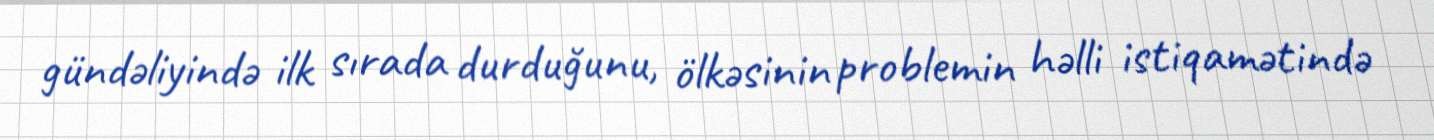
gündəliyində ilk sırada durduğunu, ölkəsinin problemin həlli istiqamətində